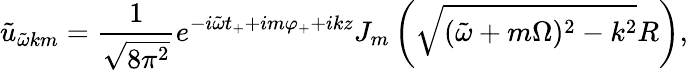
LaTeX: \tilde{u}_{\tilde{\omega}km}=\frac{1}{\sqrt{8\pi^{2}}}e^{-i\tilde{\omega}t_{+}+im\varphi_{+}+ikz}J_{m}\left(\sqrt{(\tilde{\omega}+m\Omega)^{2}-k^{2}}R\right),